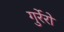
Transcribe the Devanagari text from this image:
गुर्रेरो